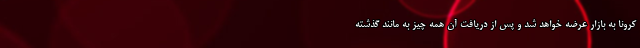
کرونا به بازار عرضه خواهد شد و پس از دریافت آن همه چیز به مانند گذشته